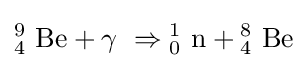
{{\mathrm {^{9}_{4}~Be} }{}+{}{\mathrm {\gamma } }~\Rightarrow {\mathrm {^{1}_{0}~n} }{}+{}{\mathrm {^{8}_{4}~Be} }}